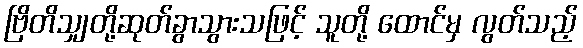
ဗြိတိသျှတို့ဆုတ်ခွာသွားသဖြင့် သူတို့ ထောင်မှ လွတ်သည့်